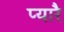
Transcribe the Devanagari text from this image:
प्यारै